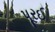
પૂરઈ